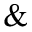
\&